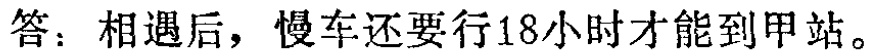
答：相遇后，慢车还要行18小时才能到甲站。